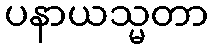
ပနာယသ္မတာ